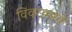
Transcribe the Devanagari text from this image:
विवरामध्ये